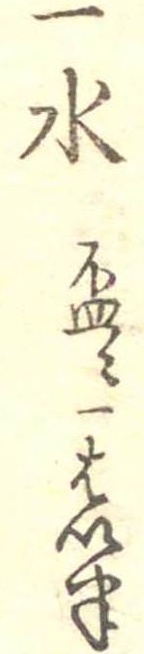
一水杯に一はい半